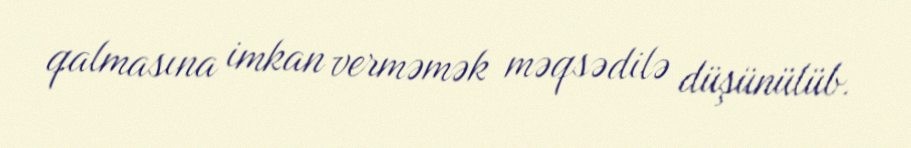
qalmasına imkan verməmək məqsədilə düşünülüb.